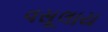
વસૂલાય